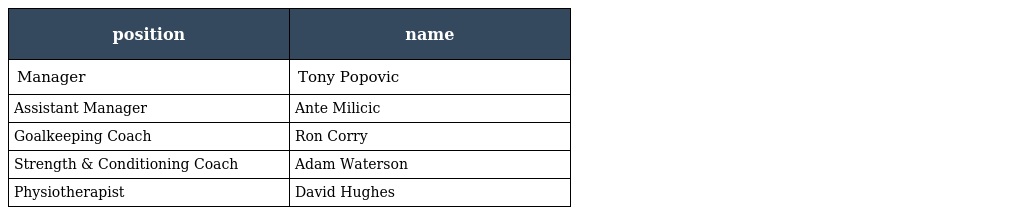
| position | name |
 | --- | --- |
 | Manager | Tony Popovic |
 | Assistant Manager | Ante Milicic |
 | Goalkeeping Coach | Ron Corry |
 | Strength & Conditioning Coach | Adam Waterson |
 | Physiotherapist | David Hughes |